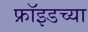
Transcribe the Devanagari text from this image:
फ्राॅइडच्या